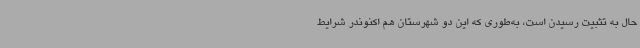
حال به تثبیت رسیدن است، به‌طوری که این دو شهرستان هم اکنوندر شرایط